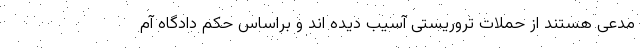
مدعی هستند از حملات تروریستی آسیب دیده اند و براساس حکم دادگاه آم